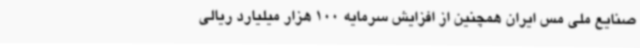
صنایع ملی مس ایران همچنین از افزایش سرمایه 100 هزار میلیارد ریالی